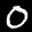
Label: 0